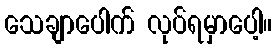
သေချာပေါက် လုပ်ရမှာပေါ့။